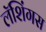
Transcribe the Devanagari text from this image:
लॅशिंगस